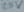
Text: 23V